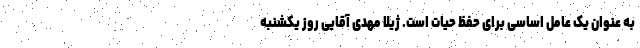
به عنوان یک عامل اساسی برای حفظ حیات است. ژیلا مهدی آقایی روز یکشنبه